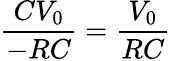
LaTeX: \frac{CV_{0}}{-RC}=\frac{V_{0}}{RC}